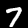
Digit: 7